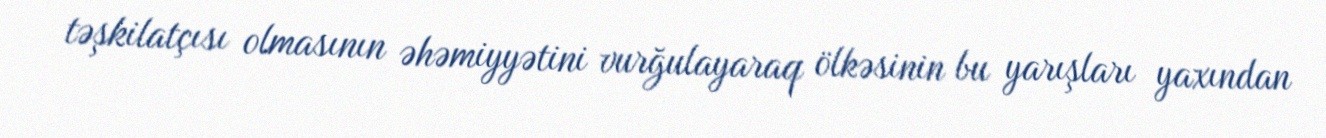
təşkilatçısı olmasının əhəmiyyətini vurğulayaraq ölkəsinin bu yarışları yaxından